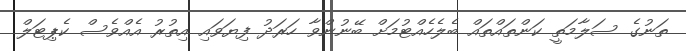
ތަނުގެ ސަލާމަތީ ކަންތައްތައް ބެލެހެއްޓުމަށް ބޭނުންވާ ހަރަދު ފިޔަވައި އިތުރު އެއްވެސް ކެޕިޓަލް